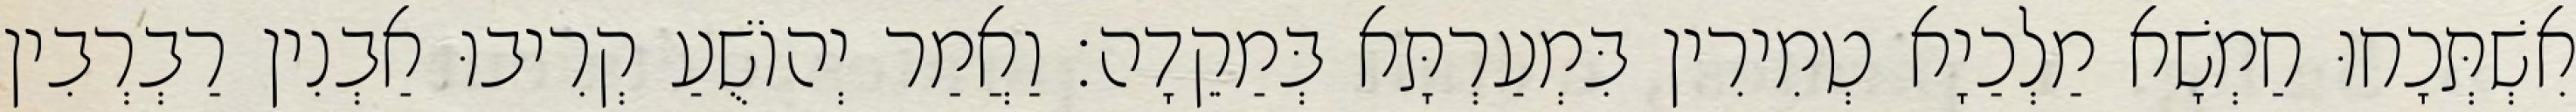
אִשְׁתְּכָחוּ חַמְשָׁא מַלְכַיָא טְמִירִין בִּמְעַרְתָּא בְּמַקֵדָה׃ וַאֲמַר יְהוֹשֻׁעַ קְרִיבוּ אַבְנִין רַבְרְבִין